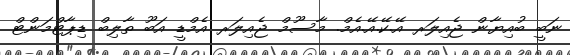
ނަބީ ބުއިޔާން ޖެއިލަރ އޭ.ކޭ.އޭ.އެމް. މާސޫމް ޖެއިލަރ އެމްޑީ އަބޫ ތާލިބް ޑިޕާޓްމަންޓް